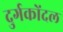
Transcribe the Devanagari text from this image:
दुर्गकोंदल